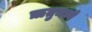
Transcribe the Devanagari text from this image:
ॠतुमध्ये